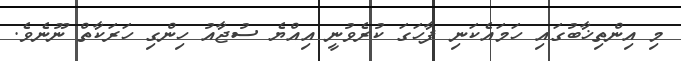
މި އިންތިޚާބުގައި ހަމައެކަނި ފާހަގަ ކުރެވުނީ އިއްޔެ ސުޖާއު ހިންގި ހަރަކާތް ނޫނެވެ.